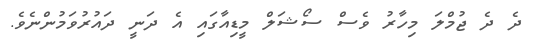
ދެ ދެ ޖުމްލަ މިހާރު ވެސް ސޯޝަލް މީޑިއާގައި އެ ދަނީ ދައުރުވަމުންނެވެ.